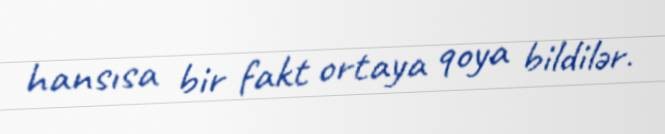
hansısa bir fakt ortaya qoya bildilər.